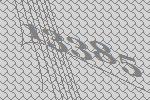
13385